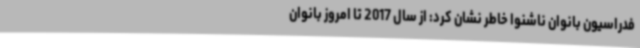
فدراسیون بانوان ناشنوا خاطر نشان کرد: از سال 2017 تا امروز بانوان